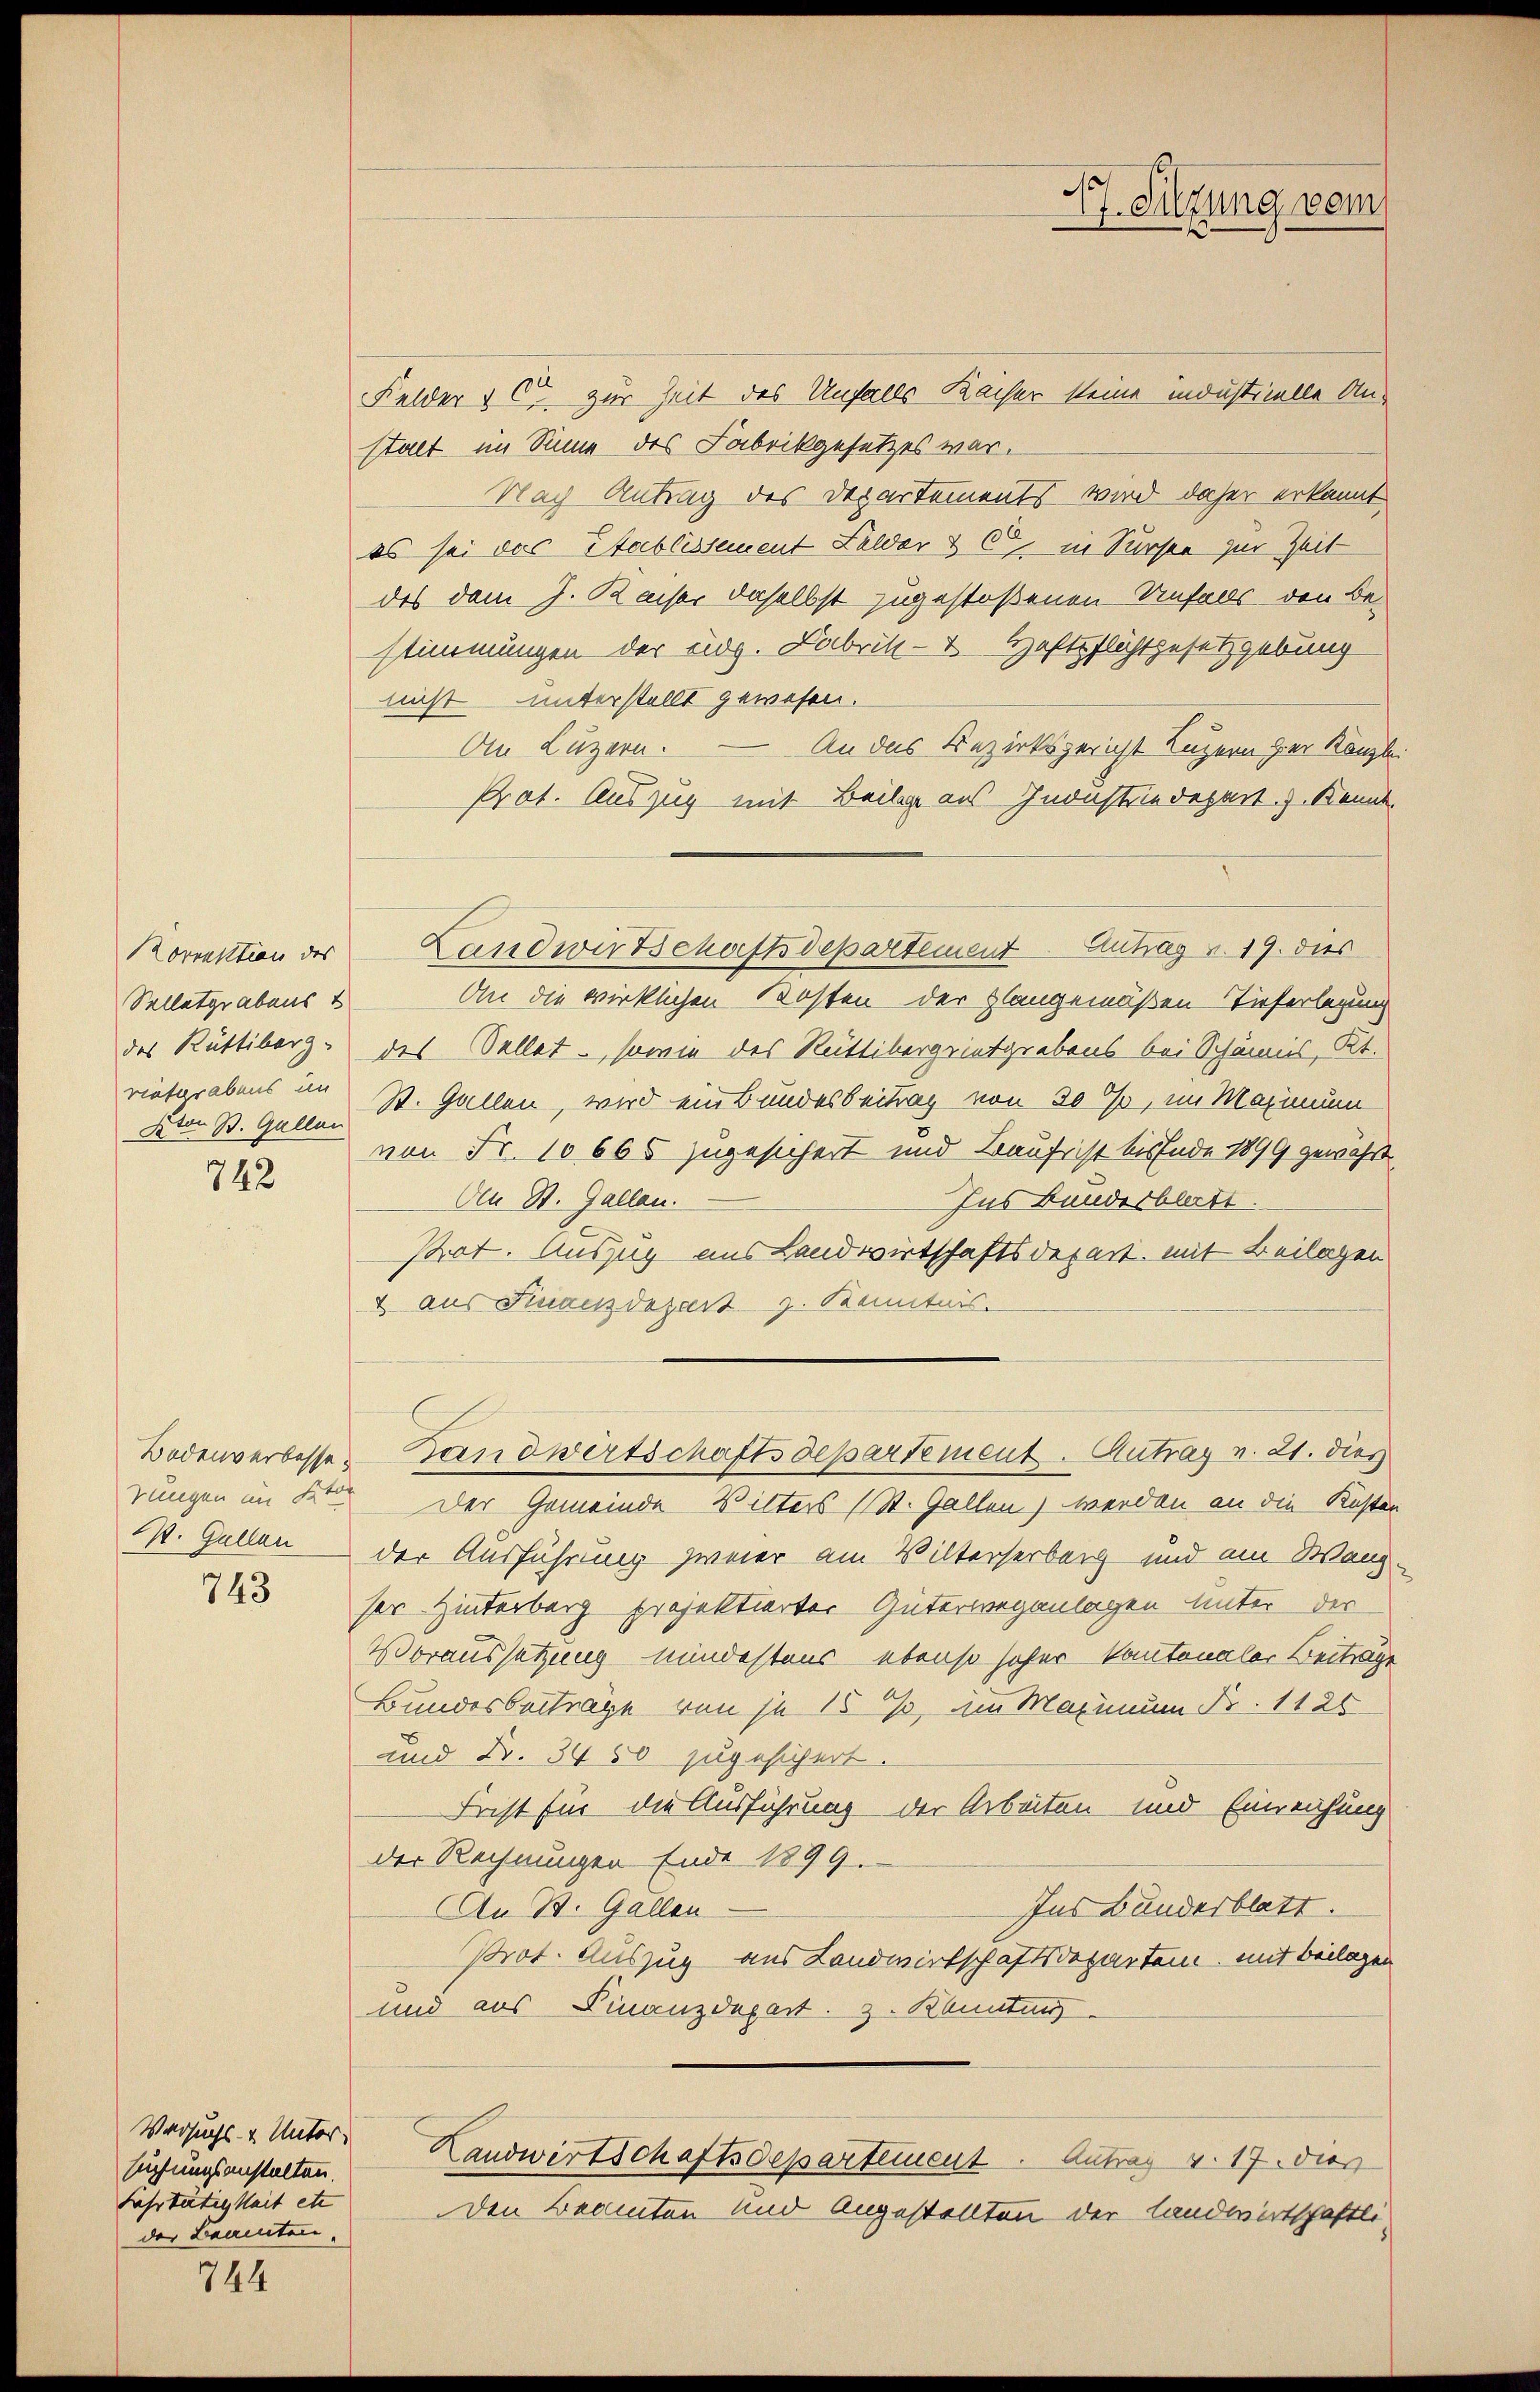
Korrektion des
Sellatgrabens
des Rüttiberg.
riatgrabens in

742

W. Gallen

743

Versuchs- & Unter-
suchungsanstalten.
Fahrtätigkeit etc
der Beamten.

744

Felder & Co. zur Zeit des Unfalls Kächer steine industrielle Anstalt im Sinne des Fabrikgesetzes war.
Nach Antrag des Departements wird daher erkannt
es sei das Stablissement Felder & C in Sursee zur Zeit
des dem J. Kaiser daselbst zugestoßenen Unfalls den Be-
stimmungen der Eidg. Fabrik- Haftpflichtgesetzgebung
nicht unterstellt gewesen.
An Luzern.
An das Bezirksgericht Luzern her Kanzle
Prot. Auszug mit Beilage aus Industriedepart. 3. Kennt¬
An die wirklichen Kosten der plangemäßen Tieferlegung
des Sellet, sowie des Rüttibergeintgrabens bei Schännis, Kt.
Aton St. Galen St. Gallen, wird ein Bundesbeitrag von 20 %, im Maximum
von Fr. 10665 zugesichert und Baufrist bis Ende 1899 gewährt
Aen St. Gallen.
Ins Bundesblatt
Ptot. Auszug aus Landwirtschaftsdepart. mit Beilagen
4 aus Finanzdepart z. Kenntnis.
Bodenverbesse Handwirtschaftsdepartement. Antrag v. 21. dies
rungen im K. Der Gemeinde Wilters (St. Gallen) werden an die Kosten
der Ausführung zweier am Wilterserberg und ein Wang-
ser Hinterberg projektierter Güterwegenlagen unter der
Voraussetzung mindestens ebenso hoher kantonaler Beiträge
Bundesbeiträge von je 15%, im Maximum Nr. 1125
und Fr. 3450 zugesichert.
Frist für die Ausführung der Arbeiten und Einreichung
der Rechnungen Ende 1899.
Ins Bunderblatt.
An B. Gallen
Prot. Auszug aus Landwirtschaftsdepartem mit Beilagen
und aus Finanzdepart. 3. Kannten
Landwirtschaftsdepartement. Antrag v. 17. dies
Den Beamten und Angestellten der Landwirtschaftli¬

Landwirtschaftsdepartement Antrag v. 19. dies

d
7. Sitzung vom